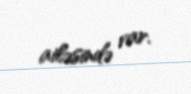
ailəsində var.